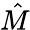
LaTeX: \hat{M}